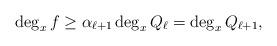
LaTeX: \begin{align*}\deg_xf\ge\alpha_{\ell+1}\deg_xQ_\ell=\deg_xQ_{\ell+1},\end{align*}